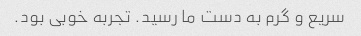
سریع و گرم به دست ما رسید. تجربه خوبی بود.